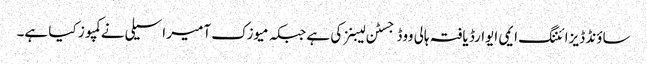
ساؤنڈ ڈیزائننگ ایمی ایوارڈ یافتہ ہالی ووڈ جسٹن لیبنز کی ہے جبکہ میوزک آمیر اسیلی نے کمپوز کیا ہے۔